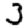
Digit: 3